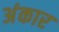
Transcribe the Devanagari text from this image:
अंकार